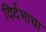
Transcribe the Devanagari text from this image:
विर्दभाचा